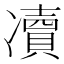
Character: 凟